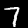
Digit: 7